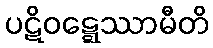
ပဋိဝဋ္ဋေဿာမီတိ